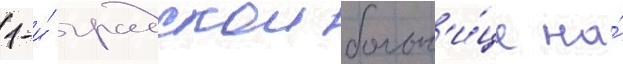
1-и́ градскои больн'и́це на́